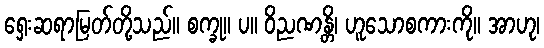
ရှေးဆရာမြတ်တို့သည်။ စက္ခု။ ပ။ ဝိညဏန္တိ၊ ဟူသောစကားကို။ အာဟု၊